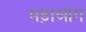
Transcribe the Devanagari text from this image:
मड़ाओग